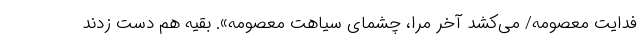
فدایت معصومه/ می‌کشد آخر مرا، چشمای سیاهت معصومه». بقیه هم دست زدند